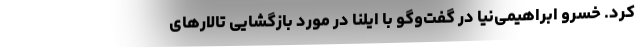
کرد. خسرو ابراهیمی‌نیا در گفت‌وگو با ایلنا در مورد بازگشایی تالارهای